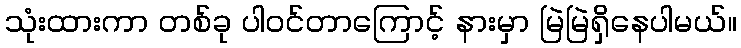
သုံးထားကာ တစ်ခု ပါဝင်တာကြောင့် နားမှာ မြဲမြဲရှိနေပါမယ်။